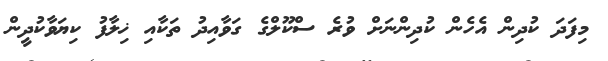
މިފަދަ ކުދިން އެހެން ކުދިންނަށް ވުރެ ސްކޫލްގެ ގަވާއިދު ތަކާއި ޚިލާފު ކިޔަވާކުދީން